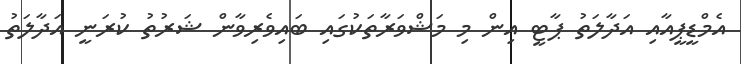
އެމްޑީޕީއާއި އަދާލަތު ޕާޓީ އިން މި މަޝްވަރާތަކުގައި ބައިވެރިވާން ޝަރުތު ކުރަނީ އަދާލަތު